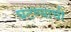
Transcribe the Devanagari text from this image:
घटण्याची